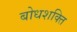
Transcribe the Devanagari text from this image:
बोधशक्ति